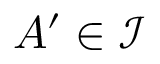
A ^ { \prime } \in { \mathcal { I } }